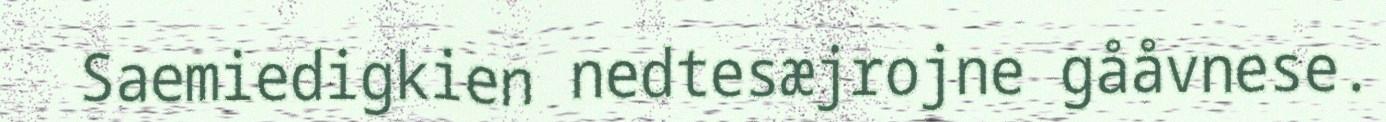
Saemiedigkien nedtesæjrojne gååvnese.